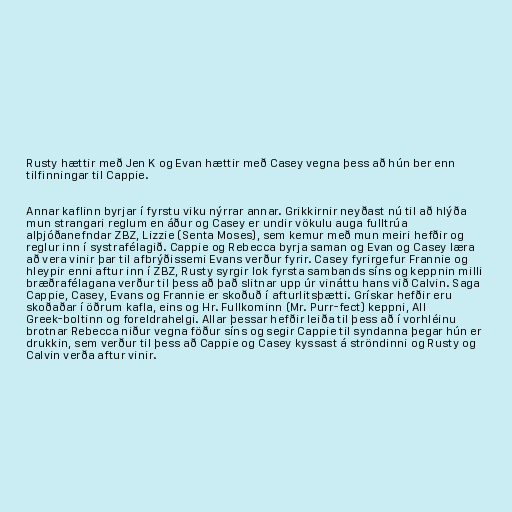
Rusty hættir með Jen K og Evan hættir með Casey vegna þess að hún ber enn
tilfinningar til Cappie.

Annar kaflinn byrjar í fyrstu viku nýrrar annar. Grikkirnir neyðast nú til að hlýða
mun strangari reglum en áður og Casey er undir vökulu auga fulltrúa
alþjóðanefndar ZBZ, Lizzie (Senta Moses), sem kemur með mun meiri hefðir og
reglur inn í systrafélagið. Cappie og Rebecca byrja saman og Evan og Casey læra
að vera vinir þar til afbrýðissemi Evans verður fyrir. Casey fyrirgefur Frannie og
hleypir enni aftur inn í ZBZ, Rusty syrgir lok fyrsta sambands síns og keppnin milli
bræðrafélagana verður til þess að það slitnar upp úr vináttu hans við Calvin. Saga
Cappie, Casey, Evans og Frannie er skoðuð í afturlitsþætti. Grískar hefðir eru
skoðaðar í öðrum kafla, eins og Hr. Fullkominn (Mr. Purr-fect) keppni, All
Greek-boltinn og foreldrahelgi. Allar þessar hefðir leiða til þess að í vorhléinu
brotnar Rebecca niður vegna föður síns og segir Cappie til syndanna þegar hún er
drukkin, sem verður til þess að Cappie og Casey kyssast á ströndinni og Rusty og
Calvin verða aftur vinir.